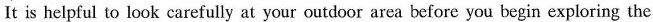
It is helpful to look carefully at your outdoor area before you begin exploring the